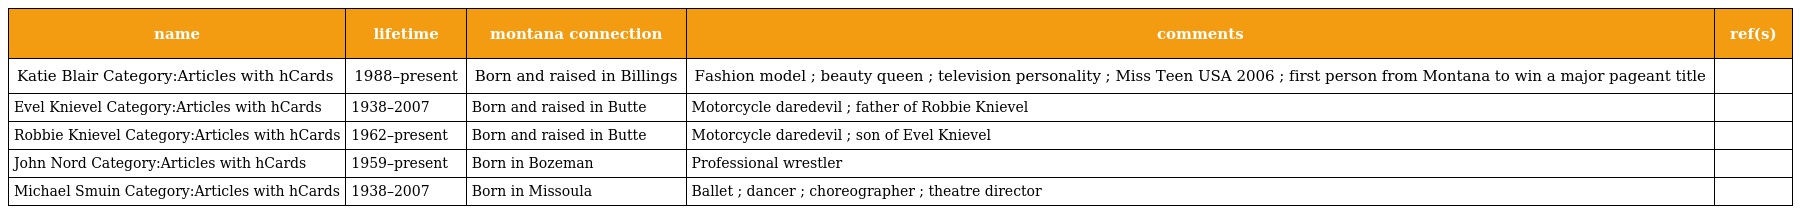
| name | lifetime | montana connection | comments | ref(s) |
 | --- | --- | --- | --- | --- |
 | Katie Blair Category:Articles with hCards | 1988–present | Born and raised in Billings | Fashion model ; beauty queen ; television personality ; Miss Teen USA 2006 ; first person from Montana to win a major pageant title |  |
 | Evel Knievel Category:Articles with hCards | 1938–2007 | Born and raised in Butte | Motorcycle daredevil ; father of Robbie Knievel |  |
 | Robbie Knievel Category:Articles with hCards | 1962–present | Born and raised in Butte | Motorcycle daredevil ; son of Evel Knievel |  |
 | John Nord Category:Articles with hCards | 1959–present | Born in Bozeman | Professional wrestler |  |
 | Michael Smuin Category:Articles with hCards | 1938–2007 | Born in Missoula | Ballet ; dancer ; choreographer ; theatre director |  |